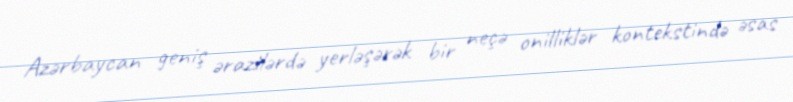
Azərbaycan geniş ərazilərdə yerləşərək bir neçə onilliklər kontekstində əsas